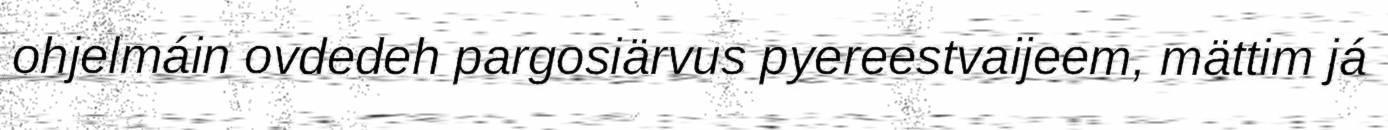
ohjelmáin ovdedeh pargosiärvus pyereestvaijeem, mättim já